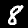
Digit: 8